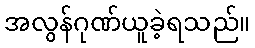
အလွန်ဂုဏ်ယူခဲ့ရသည်။